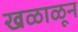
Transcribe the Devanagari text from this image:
खळाळून